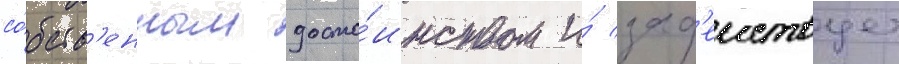
со́бств'енным досто́инством и́ зад'еиствует